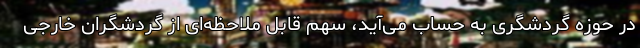
در حوزه گردشگری به حساب می‌آید، سهم قابل ملاحظه‌ای از گردشگران خارجی